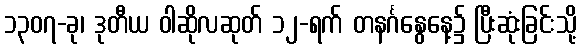
၁၃၀၇-ခု၊ ဒုတီယ ဝါဆိုလဆုတ် ၁၂-ရက် တနင်္ဂနွေနေ့၌ ပြီးဆုံးခြင်းသို့